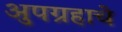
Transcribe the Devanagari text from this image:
अुपग्रहाचे